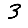
Digit: 3